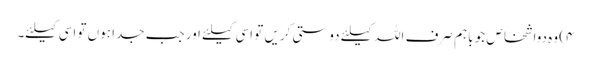
۴) وہ دواشخاص جو باہم صرف اللہ کیلئے دوستی کریں تو اسی کیلئے اور جب جدا ہوں تو اسی کیلئے۔